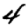
Digit: 4